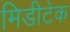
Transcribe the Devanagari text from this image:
मिडीटेक